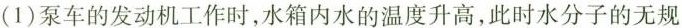
(1)泵车的发动机工作时，水箱内水的温度升高，此时水分子的无规